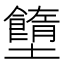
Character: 𡓷